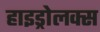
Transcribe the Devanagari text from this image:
हाइड्रोलक्स